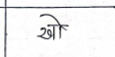
मजकूर: खो